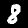
Label: 8